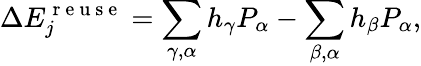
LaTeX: \Delta E_{j}^{\mathrm{~r~e~u~s~e~}}=\sum_{\gamma,\alpha}h_{\gamma}P_{\alpha}-\sum_{\beta,\alpha}h_{\beta}P_{\alpha},